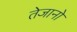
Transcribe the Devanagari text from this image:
तेजानो